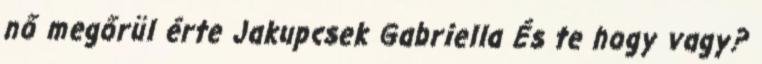
nő megőrül érte Jakupcsek Gabriella És te hogy vagy?